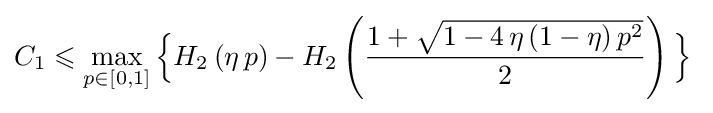
C_{1}\leqslant \max _{p\in [0,1]}{\Big \{}H_{2}\left(\eta \,p\right)-H_{2}\left({\frac {1+{\sqrt {1-4\,\eta \,(1-\eta )\,p^{2}}}}{2}}\right){\Big \}}\;